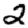
Digit: 2